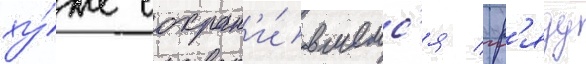
ху́же сохран'и́вшемс'я / р'яду